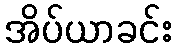
အိပ်ယာခင်း